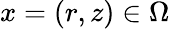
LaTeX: x=(r,z)\in\Omega